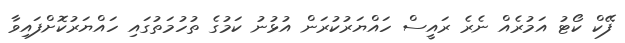
ފޭކް ކޯޓު އަމުރެއް ނެރެ ރައީސް ހައްޔަރުކުރަން އުޅުނު ކަމުގެ ތުހުމަތުގައި ހައްޔަރުކޮށްފައިވާ